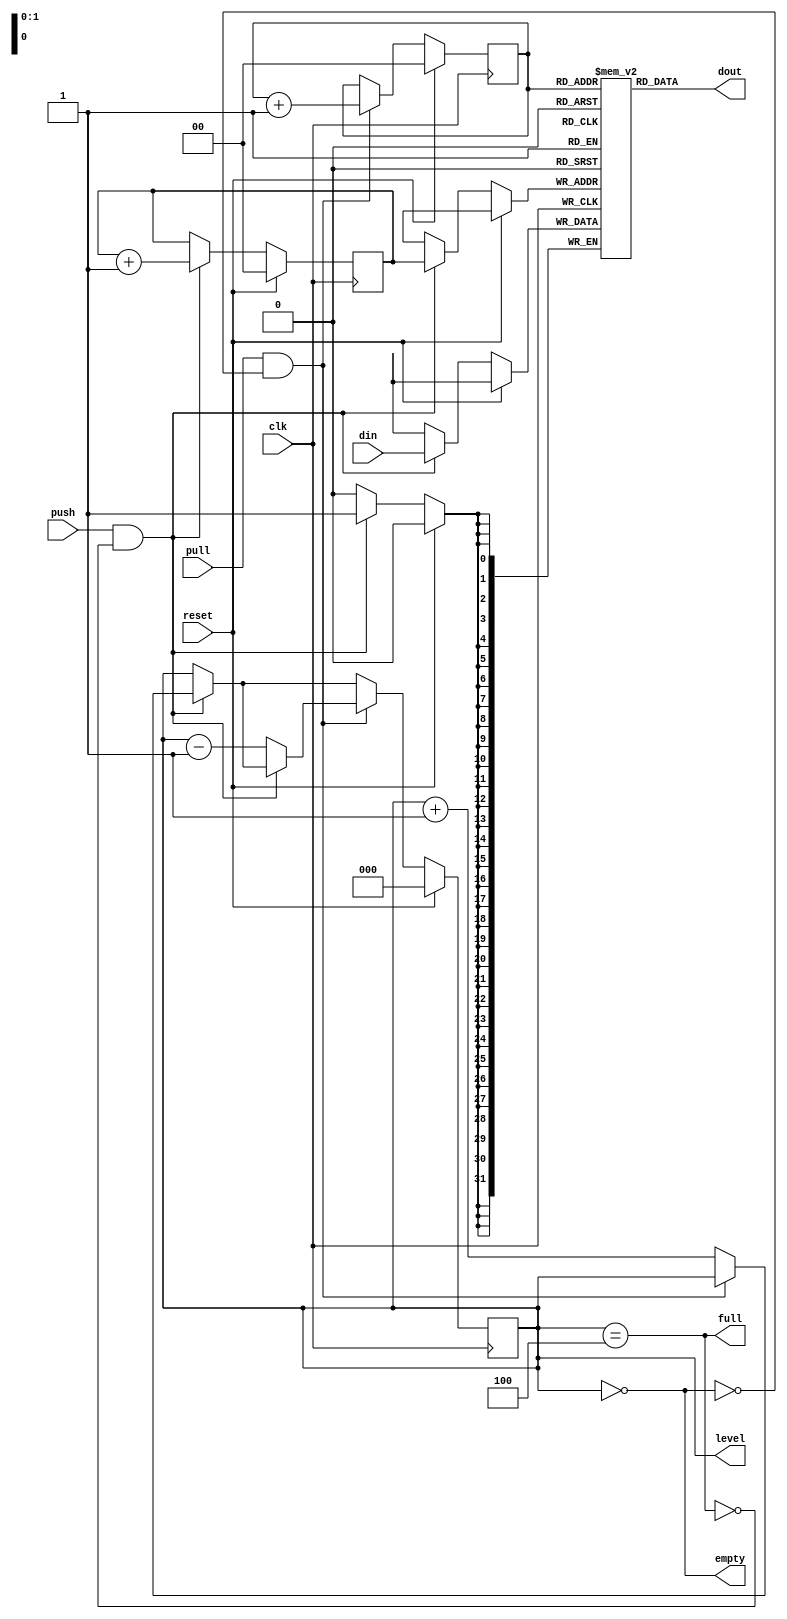
// SPDX-FileCopyrightText: 2022 Lawrie Griffiths
// SPDX-License-Identifier: BSD-2-Clause

`default_nettype none
module fifo (
  input             clk,
  input             reset,
  input             push,
  input             pull,
  input [31:0]      din,
  output [31:0]     dout,
  output            empty,
  output            full,
  output [2:0]      level
);

  reg [31:0] arr [0:3];
  reg [1:0]  first;
  reg [1:0]  next;
  reg [2:0]  count;

  wire do_pull = pull && !empty;
  wire do_push = push && !full;

  always @(posedge clk) begin
    if (reset) begin
      first <= 0;
      next <= 0;
      count <= 0;
    end else begin
      if (do_push) begin
        next <= next + 1;
        arr[next] <= din;
        if (!do_pull) count <= count + 1;
      end
      if (do_pull) begin
        first <= first + 1;
        if (!do_push) count <= count - 1;
      end
    end
  end

  assign empty = count == 0;
  assign full = count == 4;
  assign dout = arr[first];
  assign level = count;

endmodule